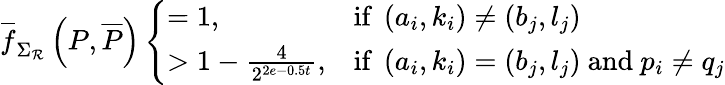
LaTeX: \overline{{f}}_{\Sigma_{\mathcal{R}}}\left(P,\overline{{P}}\right)\left\{ \begin{array}{ll}{=1,}&{\mathrm{if~}\left(a_{i},k_{i}\right)\neq\left(b_{j},l_{j}\right)}\\ {>1-\frac{4}{2^{2e-0.5t}},}&{\mathrm{if~}\left(a_{i},k_{i}\right)=\left(b_{j},l_{j}\right)\mathrm{~and~}p_{i}\neq q_{j}}\end{array}\right.